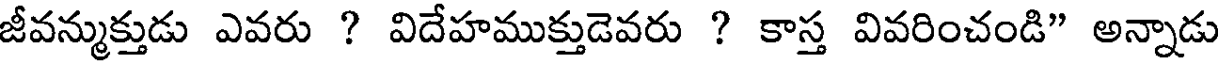
జీవన్ముక్తుడు ఎవరు ? విదేహముక్తుడెవరు ? కాస్త వివరించండి" అన్నాడు